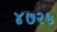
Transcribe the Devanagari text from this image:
४७२५